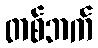
တစ်ဘက်